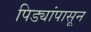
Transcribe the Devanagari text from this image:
पिड्यांपासून